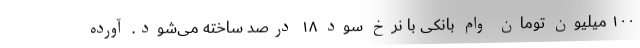
۱۰۰ میلیون تومان وام بانکی با نرخ سود ۱۸ درصد ساخته می‌شود. آورده